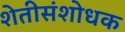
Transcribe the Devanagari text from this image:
शेतीसंशोधक